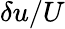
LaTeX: \delta u/U